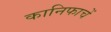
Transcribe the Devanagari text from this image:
कानिफाचें